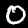
Label: 0